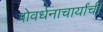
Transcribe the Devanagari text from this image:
गोवर्धनाचार्यांची